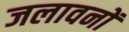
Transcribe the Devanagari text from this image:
जलावनों